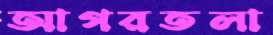
আগরতলা